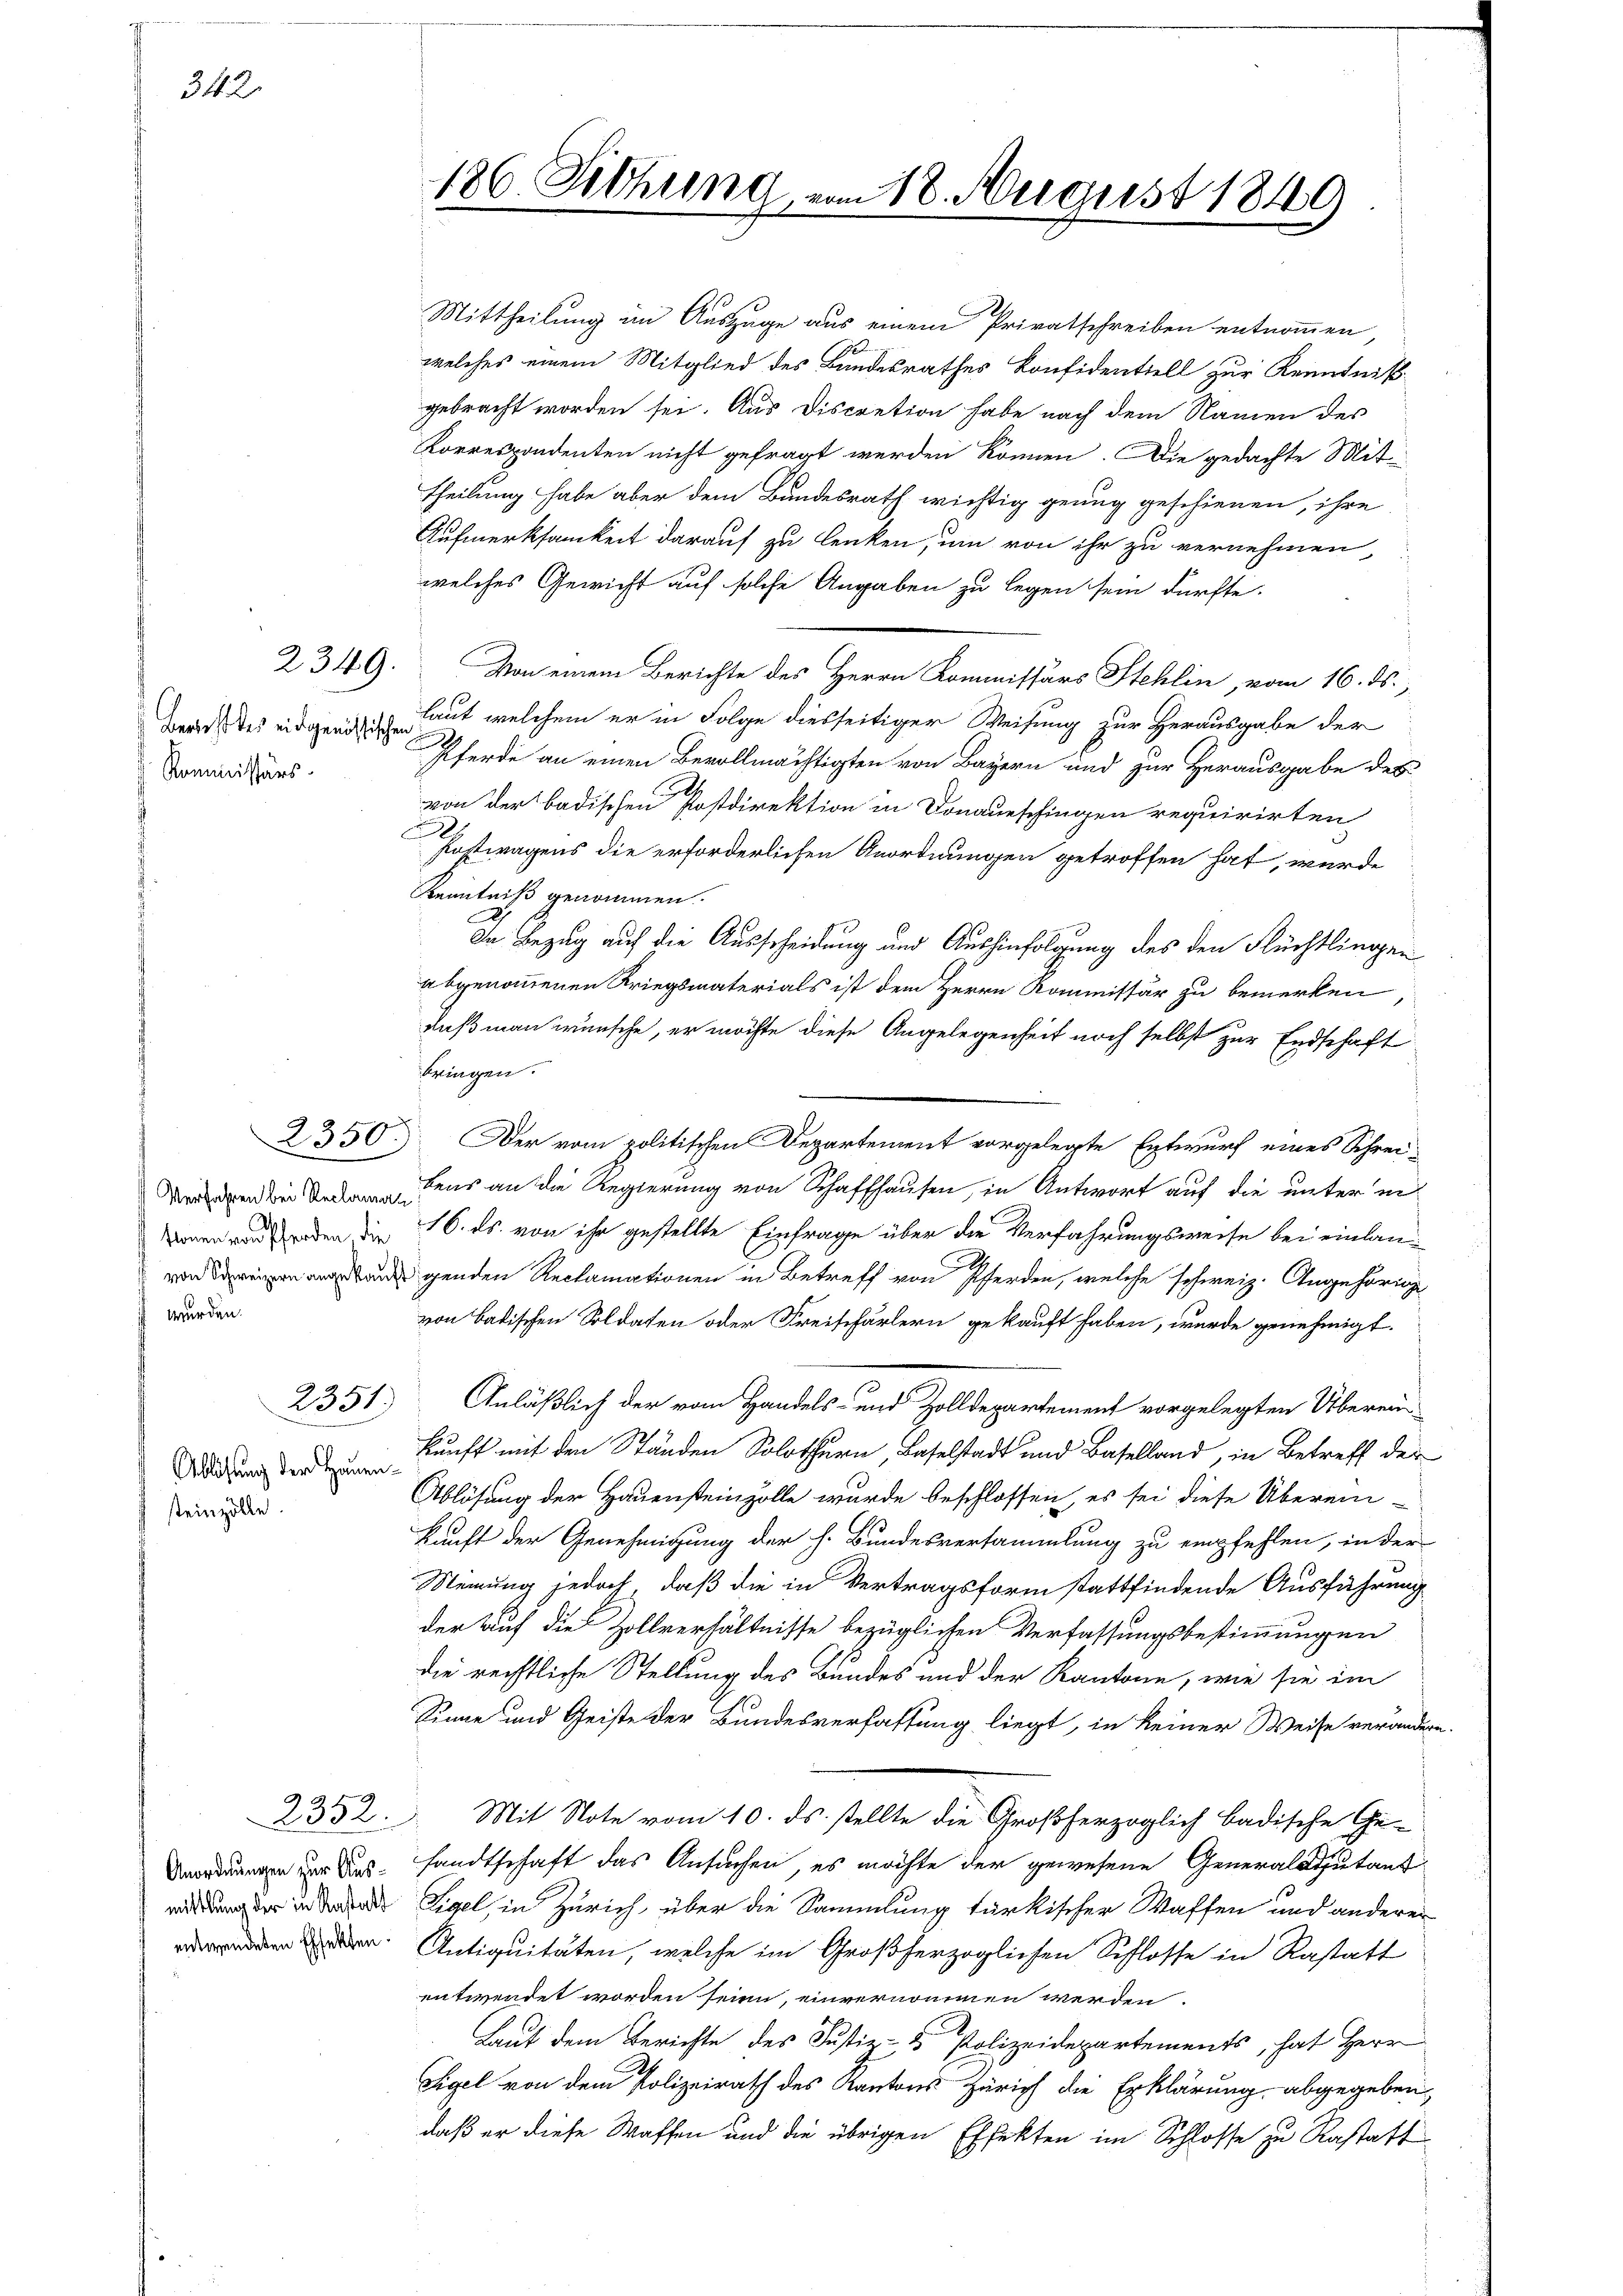
342.

Bericht des eidgenössischen
Kommissärs

2349.

wurden.

2351

Ablösung der Hauen-
steinzolle.

Mittheilung im Auszüge aus einem Privatschreiben entnommen,
welches einem Mitglied des Bandesrathes Konfidentiell zur Kenntniß
gebracht worden sei. Aus Discretion habe nach dem Namen des
Korrespondenten nicht gefragt werden können. Die gedachte Mit¬
Theilung habe aber dem Bundesrath wichtig genug geschienen, ihre
Aufmerksamkeit darauf zu lenken, um von ihr zu vernehmen,
welches Gewicht auf solche Angaben zu legen sein dürfte.
Von einem Berichte des Herrn Kommissärs Stehlin, vom 16. ds.,
laut welchem er in Folge diesseitiger Weisung zur Herausgabe der
.
Pferde an einen Bevollmächtigten von Bayern und zur Herausgabe des
von der badischen Postdirektion in Donaueschingen requirirten
.
Fostwagens die erforderlichen Anordnungen getroffen hat, wurde
Kenntniß genommen.
In Bezug auf die Ausscheidung und Aushinfolgung des den Flüchtlingen
abgenommenen Kriegsmaterials ist dem Herrn Kommissär zu bemerken,
daß man wünsche, er möchte diese Angelegenheit noch selbst zur Endschaft
bringen.
2350. Der vom politischen Departement vorgelegte Entwurf eines Schrei-
n der Bedens an die Regierung von Schaffhausen, in Antwort auf die unter inkonen von den die 16. ds. von ihr gestellte Einfrage über die Verfahrungsweise bei einlangenden Reclamationen in Betreff von Pferden, welche schweiz. Angehörige
von Badischen Soldaten oder Freischärtern gekauft haben, wurde genehmigt.
Anläßlich der vom Handels- und Zolldepartement vorgelegten Überein
kunft mit den Ständen Solothurn, Baselstadt und Baselland, in Betreff der
Ablösung der Hauensteinzölle wurde beschlossen, es sei diese Überein-
kauft der Genehmigung der h. Bundesversammlung zu empfehlen, in der
Meinung jedoch, daß die in Vertragsform stattfindende Ausführung
der auf die Zollverhältnisse bezüglichen Verfassungsbestimmungen
die rechtliche Stellung des Bundes und der Kantone, wie sie im
Sinne und Geiste der Bundesverfassung liegt, in keiner Weise verändern.
Mit Note vom 10. ds. stellte die Großherzoglich badische Ge-
 zur Aus sandtschaft das Ansuchen, es möchte der gewesene Generaldiutant
idung der in des Eigel, in Zürich, über die Sammlung fürkischer Waffen und anderer
e. Antiquitäten, welche im Großherzoglichen Schlosse in Rastatt
entwendet worden seien, einvernommen werden.
Laut dem Berichte des Justiz- & Polizeidepartements, hat Herr
Sigel von dem Polizeirath des Kantons Zürich die Erklärung abgegeben,
daß er diese Waffen und die übrigen Effekten im Schlosse zu Rastaft

2352.

186. Sitzung vom 18. August 1849